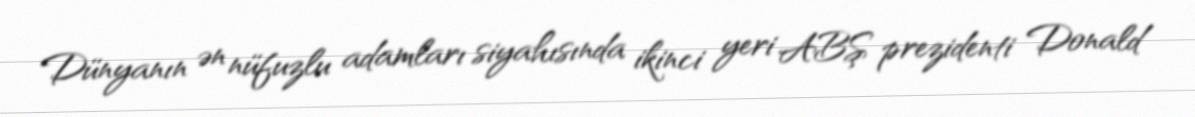
Dünyanın ən nüfuzlu adamları siyahısında ikinci yeri ABŞ prezidenti Donald